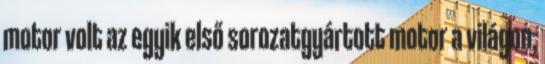
motor volt az egyik első sorozatgyártott motor a világon,